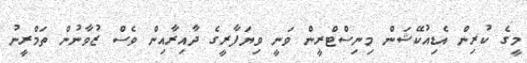
މީގެ ކުރިން އެޑިއުކޭޝަން މިނިސްޓްރީން ވަނީ ވިޔަފާރީގެ ދާއިރާއިން ވެސް ޒުވާނުން ތަމްރީނު